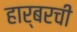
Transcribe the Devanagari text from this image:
हार्बरची